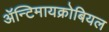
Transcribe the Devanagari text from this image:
ॲन्टिमायक्रोबियल